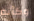
وكأنه